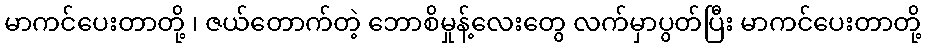
မာကင်ပေးတာတို့ ၊ ဇယ်တောက်တဲ့ ဘောစိမှုန့်လေးတွေ လက်မှာပွတ်ပြီး မာကင်ပေးတာတို့